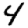
Digit: 4